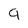
Character: 9